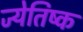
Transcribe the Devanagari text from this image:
ज्येतिष्क